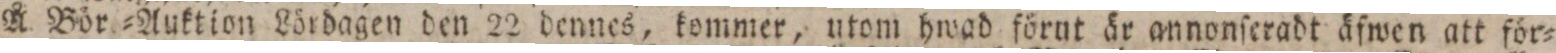
Å Bör=Auktion Lördagen den 22 dennes, kommer, utom hwad förut är annonſeradt äfwen att för=